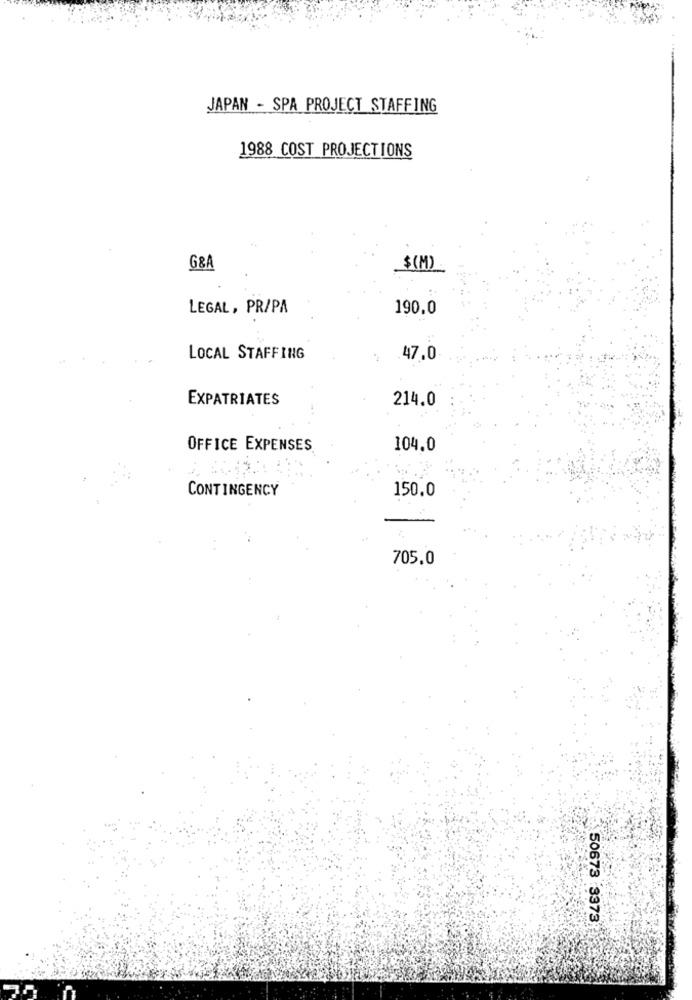
JAPAN - SPA PROJECT STAFFING
1988 COST PROJECTIONS
G&A
$(M)
LEGAL, PR/PA
190,0
LOCAL STAFFING
47.0
EXPATRIATES
214.0
OFFICE EXPENSES
104.0
CONTINGENCY
150.0
705.0
50673 3373